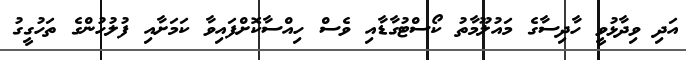
އަދި ވިދާޅުވީ ހާދިސާގެ މައުލޫމާތު ކޯސްޓުގާޑާއި ވެސް ހިއްސާކޮށްފައިވާ ކަމަށާއި ފުލުހުންގެ ތަހުގީގު